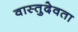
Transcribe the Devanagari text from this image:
वास्तुदेवता